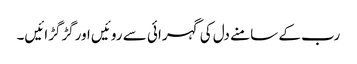
رب کے سامنے دل کی گہرائی سے روئیں اورگڑگڑائیں۔